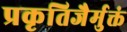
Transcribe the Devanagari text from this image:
प्रकृतिजैर्मुक्तं